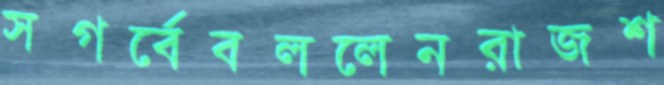
সগর্বেবললেনরাজশ